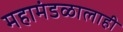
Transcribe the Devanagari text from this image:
महामंडळालाही